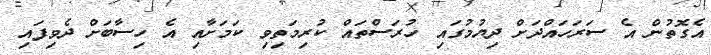
އެގޮތުން އެ ސަރަހައްދަށް ދިޔުމުގައި ހުރަސްތައް ކުރިމަތިވި ކަމަށާއި އެ ހިސާބަށް ދެވިފައި